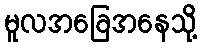
မူလအခြေအနေသို့